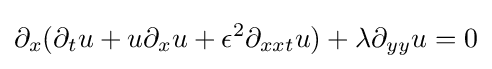
\displaystyle \partial _{x}(\partial _{t}u+u\partial _{x}u+\epsilon ^{2}\partial _{xxt}u)+\lambda \partial _{yy}u=0